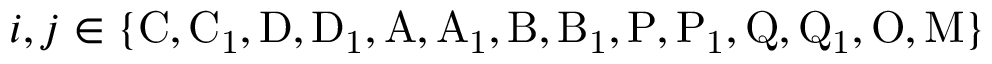
i , j \in \{ \mathrm { C , C _ { 1 } , D , D _ { 1 } , A , A _ { 1 } , B , B _ { 1 } , P , P _ { 1 } , Q , Q _ { 1 } , O , M } \}